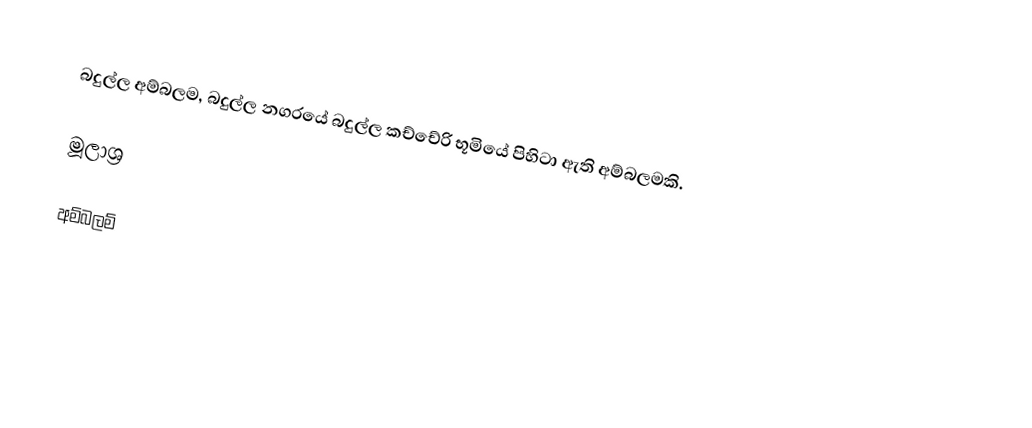
බදුල්ල අම්බලම, බදුල්ල නගරයේ බදුල්ල කච්චේරි භූමියේ පිහිටා ඇති අම්බලමකි.

මූලාශ්‍ර

අම්බලම්